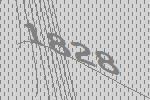
1828